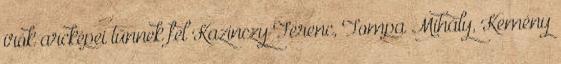
írók arcképei tűnnek fel Kazinczy Ferenc, Tompa Mihály, Kemény